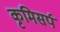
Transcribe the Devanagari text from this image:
कृमिसर्प